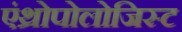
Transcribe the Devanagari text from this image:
एंथ्रोपोलोजिस्ट